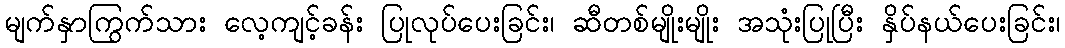
မျက်နှာကြွက်သား လေ့ကျင့်ခန်း ပြုလုပ်ပေးခြင်း၊ ဆီတစ်မျိုးမျိုး အသုံးပြုပြီး နှိပ်နယ်ပေးခြင်း၊